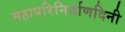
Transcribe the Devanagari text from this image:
महापरिनिर्वाणदिनी